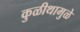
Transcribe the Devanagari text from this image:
कुळीथामुळे